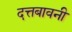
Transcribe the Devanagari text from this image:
दत्तबावनी